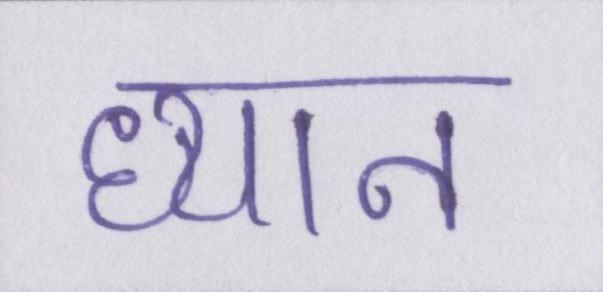
ध्यान